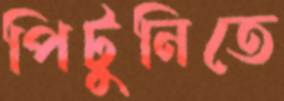
পিটুনিতে